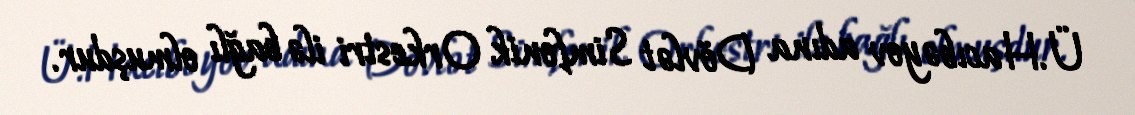
Ü.Hacıbəyov adına Dövlət Simfonik Orkestri ilə bağlı olmuşdur.